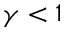
\gamma < 1